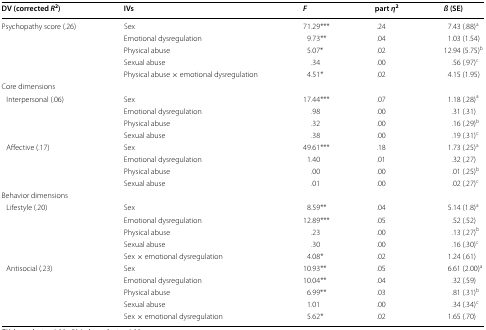
<table><thead><tr><td><b>DV (corrected <i>R</i><sup>2</sup>)</b></td><td><b>IVs</b></td><td><b><i>F</i></b></td><td><b>part <i>η</i><sup>2</sup></b></td><td><b><i>ß</i> (SE)</b></td></tr></thead><tbody><tr><td rowspan="5">Psychopathy score (.26)</td><td>Sex</td><td>71.29***</td><td> .24</td><td>7.43 (.88)<sup>a</sup></td></tr><tr><td>Emotional dysregulation</td><td>9.73**</td><td>.04</td><td>1.03 (1.54)</td></tr><tr><td>Physical abuse</td><td>5.07*</td><td>.02</td><td>12.94 (5.75)<sup>b</sup></td></tr><tr><td>Sexual abuse</td><td>.34</td><td>.00</td><td>.56 (.97)<sup>c</sup></td></tr><tr><td>Physical abuse × emotional dysregulation</td><td>4.51*</td><td>.02</td><td>4.15 (1.95)</td></tr><tr><td colspan="5">Core dimensions</td></tr><tr><td rowspan="4"> Interpersonal (.06)</td><td>Sex</td><td>17.44***</td><td>.07</td><td> 1.18 (.28)<sup>a</sup></td></tr><tr><td>Emotional dysregulation</td><td>.98</td><td>.00</td><td>.31 (.31)</td></tr><tr><td>Physical abuse</td><td>.32</td><td>.00</td><td>.16 (.29)<sup>b</sup></td></tr><tr><td>Sexual abuse</td><td>.38</td><td>.00</td><td>.19 (.31)<sup>c</sup></td></tr><tr><td rowspan="4"> Affective (.17)</td><td>Sex</td><td>49.61***</td><td>.18</td><td>1.73 (.25)<sup>a</sup></td></tr><tr><td>Emotional dysregulation</td><td>1.40</td><td>.01</td><td>.32 (.27)</td></tr><tr><td>Physical abuse</td><td>.00</td><td>.00</td><td>.01 (.25)<sup>b</sup></td></tr><tr><td>Sexual abuse</td><td>.01</td><td>.00</td><td>.02 (.27)<sup>c</sup></td></tr><tr><td colspan="5">Behavior dimensions</td></tr><tr><td rowspan="5"> Lifestyle (.20)</td><td>Sex</td><td>8.59**</td><td>.04</td><td>5.14 (1.8)<sup>a</sup></td></tr><tr><td>Emotional dysregulation</td><td>12.89***</td><td>.05</td><td>.52 (.52)</td></tr><tr><td>Physical abuse</td><td>.23</td><td>.00</td><td>.13 (.27)<sup>b</sup></td></tr><tr><td>Sexual abuse</td><td>.30</td><td>.00</td><td>.16 (.30)<sup>c</sup></td></tr><tr><td>Sex × emotional dysregulation</td><td>4.08*</td><td>.02</td><td>1.24 (.61)</td></tr><tr><td rowspan="5"> Antisocial (.23)</td><td>Sex</td><td>10.93**</td><td>.05</td><td>6.61 (2.00)<sup>a</sup></td></tr><tr><td>Emotional dysregulation</td><td>10.04**</td><td>.04</td><td>.32 (.59)</td></tr><tr><td>Physical abuse</td><td>6.99**</td><td>.03</td><td>.81 (.31)<sup>b</sup></td></tr><tr><td>Sexual abuse</td><td>1.01</td><td>.00</td><td>.34 (.34)<sup>c</sup></td></tr><tr><td>Sex × emotional dysregulation</td><td>5.62*</td><td>.02</td><td>1.65 (.70)</td></tr></tbody></table>